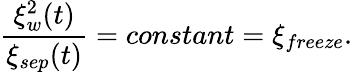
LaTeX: \frac{\xi_{w}^{2}(t)}{\xi_{sep}(t)}=constant=\xi_{freeze}.